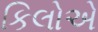
કિલોએ